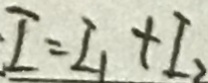
\cdot I = I _ { 1 } + I _ { 2 }